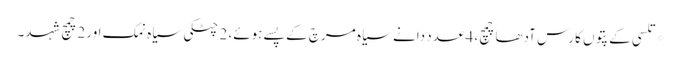
*تلسی کے پتوں کا رس آدھا چمچ، 4 عدد دانے سیاہ مرچ کے پسے ہوئے، 2 چٹکی سیاہ نمک اور 2چمچ شہد۔